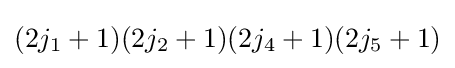
(2j_{1}+1)(2j_{2}+1)(2j_{4}+1)(2j_{5}+1)